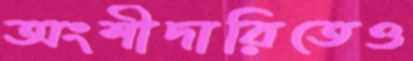
অংশীদারিতেও